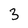
Character: 3